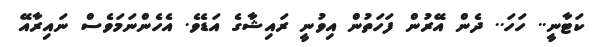
ކަޓާނީ.. ހަހަ.. ދެން އޭރުން ފަހަތުން އިވުނީ ރައިޝާގެ އަޑެވެ. އެހެންނަމަވެސް ނައިރާއޭ